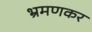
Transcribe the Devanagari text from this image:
भ्रमणकर